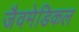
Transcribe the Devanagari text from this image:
जैवमेडिकल